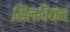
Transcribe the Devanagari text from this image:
सिलवियन